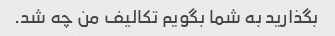
بگذارید به شما بگویم تکالیف من چه شد.